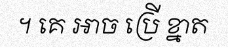
។ គេ អាច ប្រើ ខ្នាត